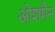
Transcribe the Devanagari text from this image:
ओशमैन